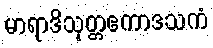
မာရာဒိသုတ္တဧကာဒသကံ